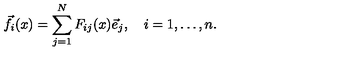
{ \vec { f } } _ { i } ( x ) = \sum _ { j = 1 } ^ { N } F _ { i j } ( x ) { \vec { e } } _ { j } , \quad i = 1 , \ldots , n .